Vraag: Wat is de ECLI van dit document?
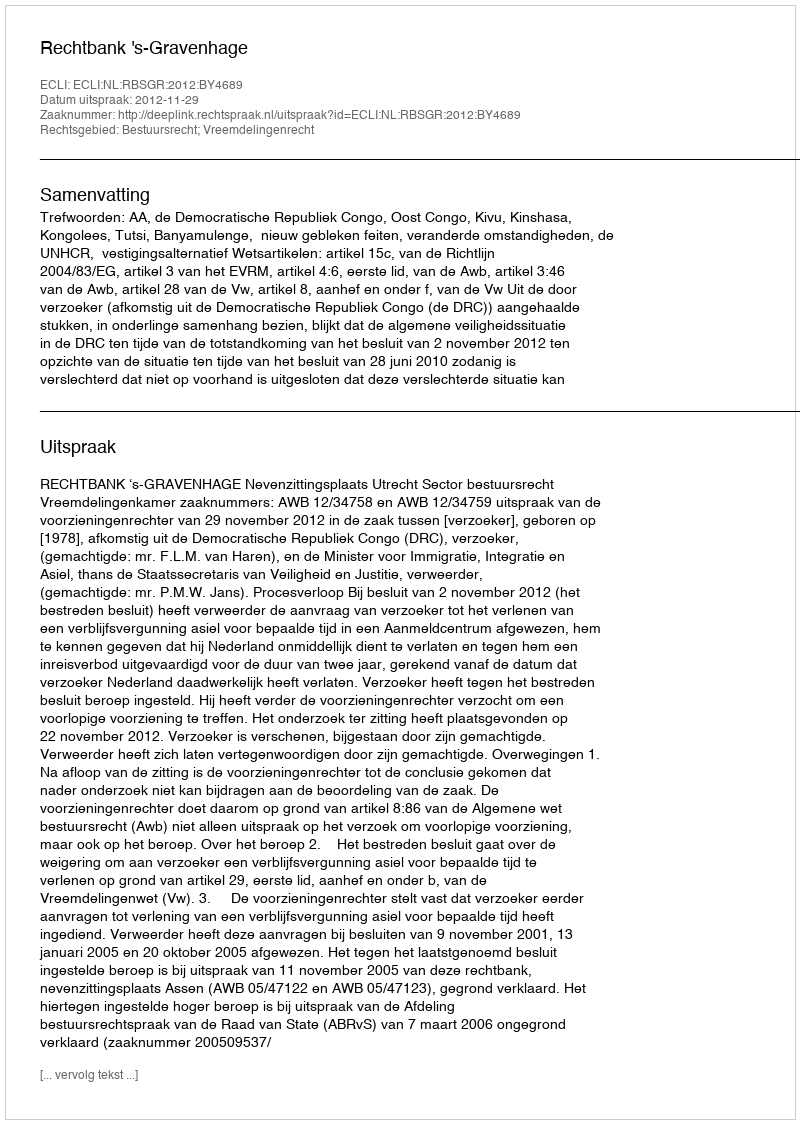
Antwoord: ECLI:NL:RBSGR:2012:BY4689